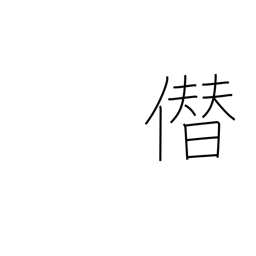
Meaning: boastfully usurp